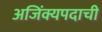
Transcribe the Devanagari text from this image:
अजिंक्यपदाची